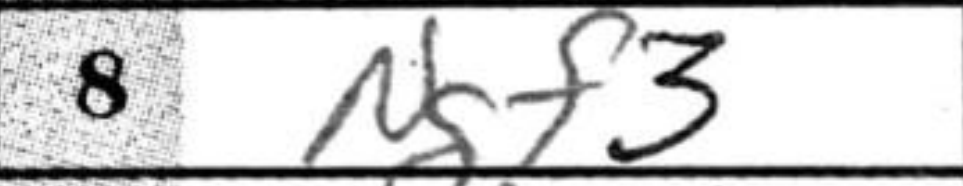
Transcription: Ngf3